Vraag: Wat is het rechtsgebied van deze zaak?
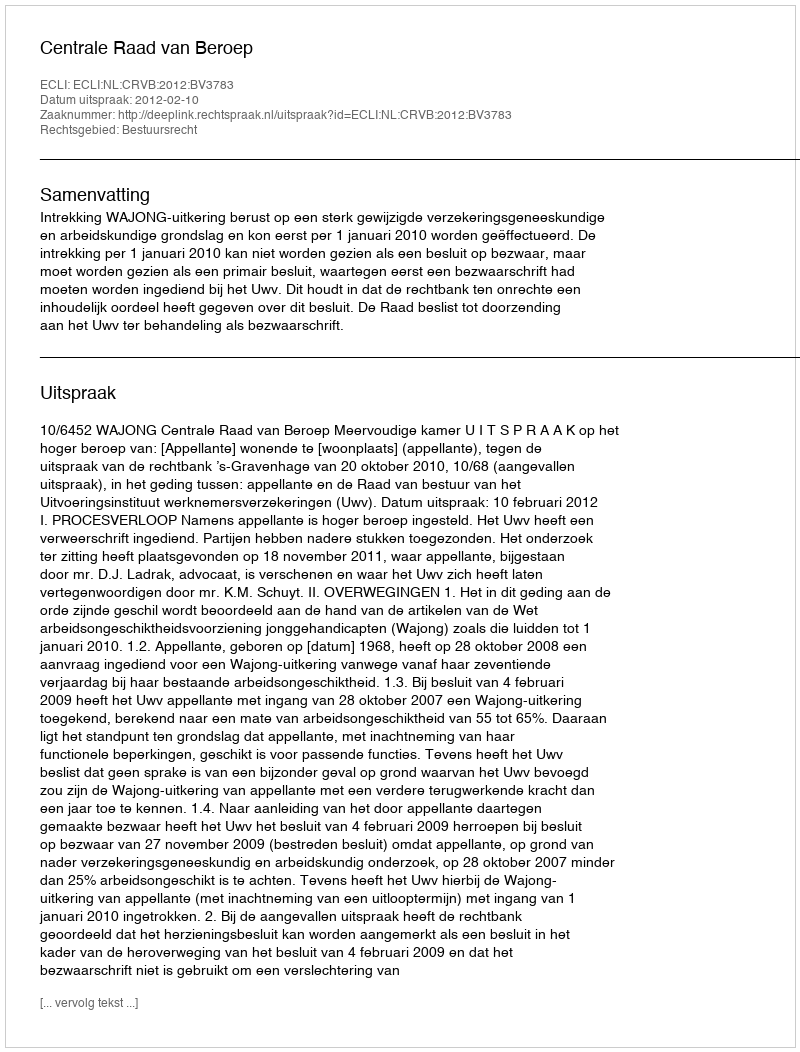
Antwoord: Bestuursrecht